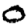
Digit: 0